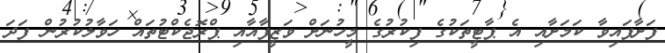
ފަށާފައިވާ ކަމަށާއި އެ ޕާޓީތަކުގެ ފިކުރުގެ މީހުނަށް ވަޒީފާއާއި ޕްރޮޖެކްޓުތައް ހަވާލުކުރުން ފަދަ